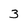
Character: 3